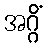
အဂ္ဂိံ